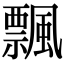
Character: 飄